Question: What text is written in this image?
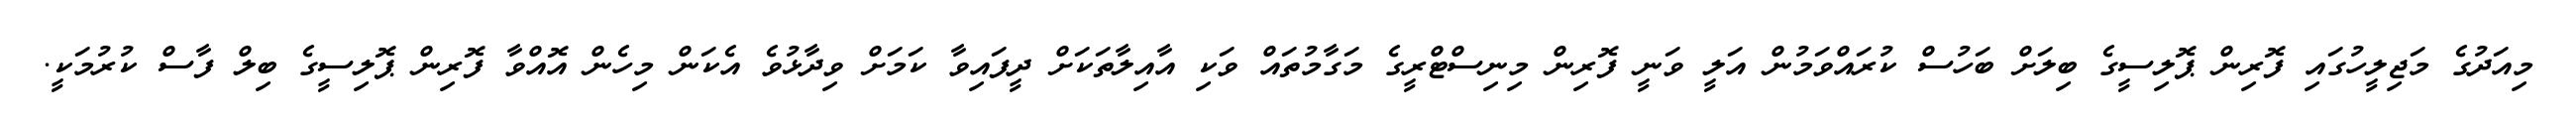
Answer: މިއަދުގެ މަޖިލީހުގައި ފޮރިން ޕޮލިސީގެ ބިލަށް ބަހުސް ކުރައްވަމުން އަލީ ވަނީ ފޮރިން މިނިސްޓްރީގެ މަގާމުތައް ވަކި އާއިލާތަކަށް ދީފައިވާ ކަމަށް ވިދާޅުވެ އެކަން މިހެން އޮއްވާ ފޮރިން ޕޮލިސީގެ ބިލް ފާސް ކުރުމަކީ.